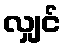
လျှင်